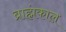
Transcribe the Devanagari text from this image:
ब्राह्मंकाल